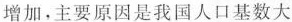
增加，主要原因是我国人口基数大